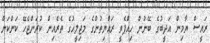
ރައީސް ޔާމިން އަދީބުގެ ބޭނުން ހިއްޕެވީ ރައްޔިތުންގެ މަޖިލީހުގެ ތެރެއިން ކުރަންޖެހޭ ކަންކަން